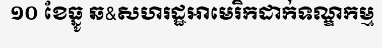
១០ ខែធ្នូ ឆ&សហរដ្ឋអាមេរិកដាក់ទណ្ឌកម្ម